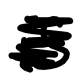
Text: is
Cross-out: scratch
Writing tool: digital_black